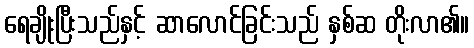
ရေချိုးပြီးသည်နှင့် ဆာလောင်ခြင်းသည် နှစ်ဆ တိုးလာ၏။